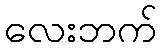
လေးဘက်